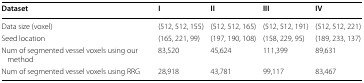
<table><thead><tr><td><b>Dataset</b></td><td><b>I</b></td><td><b>II</b></td><td><b>III</b></td><td><b>IV</b></td></tr></thead><tbody><tr><td>Data size (voxel)</td><td>(512, 512, 155)</td><td>(512, 512, 165)</td><td>(512, 512, 191)</td><td>(512, 512, 221)</td></tr><tr><td>Seed location</td><td>(165, 221, 99)</td><td>(197, 190, 108)</td><td>(158, 229, 95)</td><td>(189, 233, 137)</td></tr><tr><td>Num of segmented vessel voxels using our method</td><td>83,520</td><td>45,624</td><td>111,399</td><td>89,631</td></tr><tr><td>Num of segmented vessel voxels using RRG</td><td>28,918</td><td>43,781</td><td>99,117</td><td>83,467</td></tr></tbody></table>